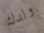
ولدك